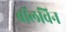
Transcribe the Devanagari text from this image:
बॉलविन